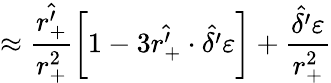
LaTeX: \approx\frac{\hat{r_{+}^{\prime}}}{r_{+}^{2}}\bigg[1-3\hat{r_{+}^{\prime}}\cdot\hat{\delta^{\prime}}\varepsilon\bigg]+\frac{\hat{\delta^{\prime}}\varepsilon}{r_{+}^{2}}